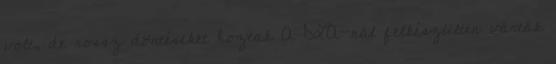
volt, de rossz döntéseket hoztak A DLA-nál felkészülten várták